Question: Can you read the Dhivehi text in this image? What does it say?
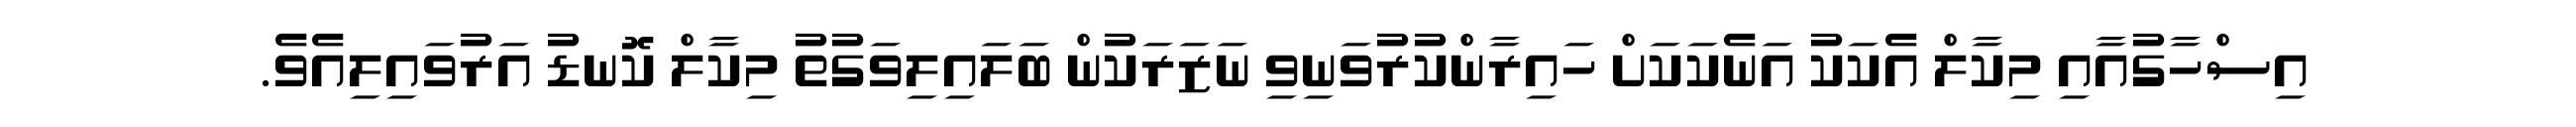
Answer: އިސްހާގުއާއި މިކާލް އެކަކު އަނެކަކަށް ހައިރާންކުރުވަނިވި ނަޒަރަކުން ބަލައިލިވަގުތު މިކާލް ކޮނޑު އަރުވައިލިއެވެ.